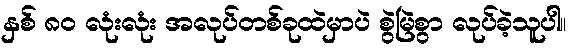
နှစ် ၈၀ လုံးလုံး အလုပ်တစ်ခုထဲမှာပဲ စွဲမြဲစွာ လုပ်ခဲ့သူပါ။